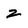
Character: z